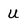
Character: U